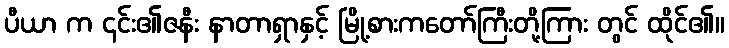
ပီယာ က ၎င်း၏ဇနီး နာတာရှာနှင့် မြို့စားကတော်ကြီးတို့ကြား တွင် ထိုင်၏။